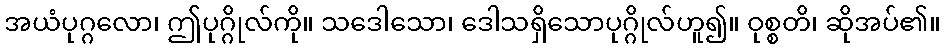
အယံပုဂ္ဂလော၊ ဤပုဂ္ဂိုလ်ကို။ သဒေါသော၊ ဒေါသရှိသောပုဂ္ဂိုလ်ဟူ၍။ ဝုစ္စတိ၊ ဆိုအပ်၏။